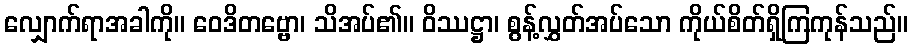
လျှောက်ရာအခါကို။ ဝေဒိတဗ္ဗော၊ သိအပ်၏။ ဝိဿဋ္ဌာ၊ စွန့်လွှတ်အပ်သော ကိုယ်စိတ်ရှိကြကုန်သည်။